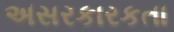
અસરકારકતા